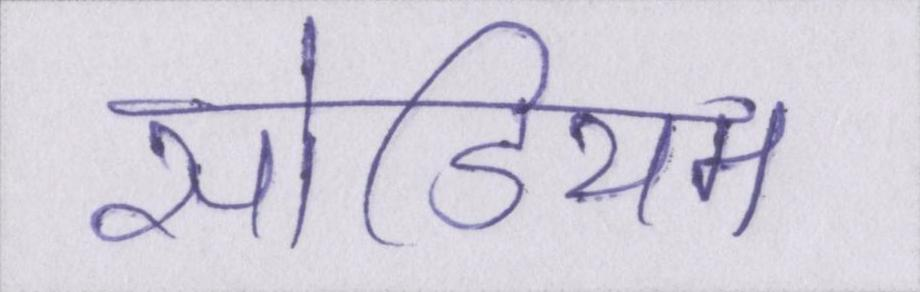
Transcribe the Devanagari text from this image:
सोडियम